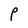
Character: P